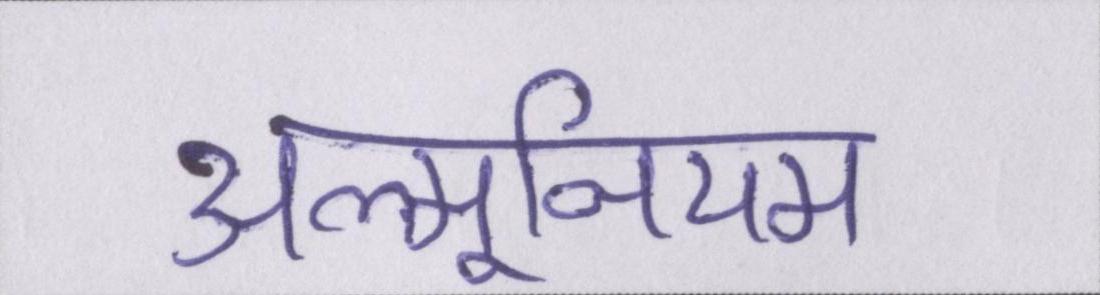
अल्मूनियम